Annual report on the Civil Veterinary Department, Burma (including the Insein Veterinary School) - 1923-1931
Year: 1923
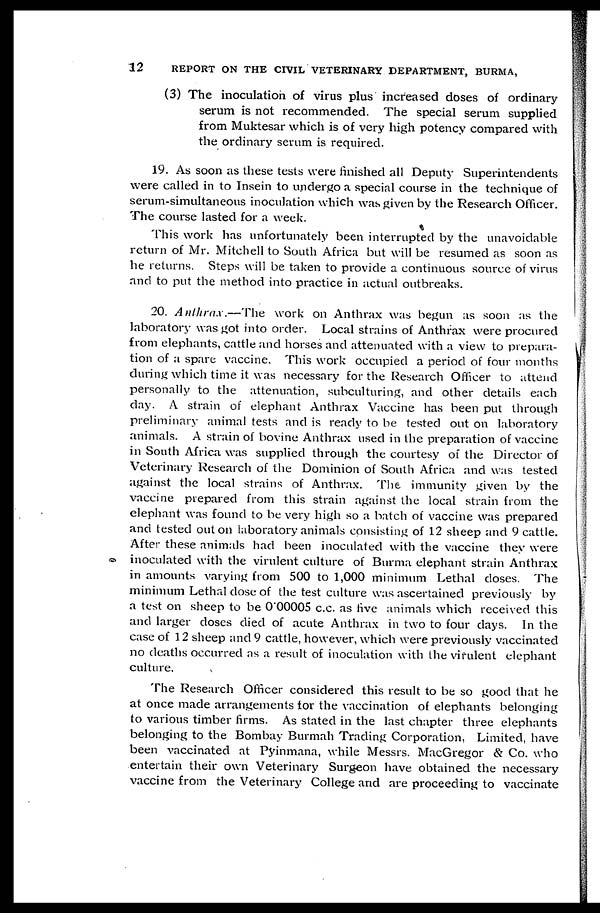
12
REPORT ON THE CIVIL VETERINARY DEPARTMENT, BURMA,
(3) The inoculation of virus plus increased doses of ordinary
serum is not recommended. The special serum supplied
from Muktesar which is of very high potency compared with
the ordinary serum is required.
19. As soon as these tests were finished all Deputy Superintendents
were called in to Insein to undergo a special course in the technique of
serum-simultaneous inoculation which was given by the Research Officer.
The course lasted for a week.
This work has unfortunately been interrupted by the unavoidable
return of Mr. Mitchell to South Africa but will be resumed as soon as
he returns. Steps will be taken to provide a continuous source of virus
and to put the method into practice in actual outbreaks.
20. Anthrax.—The
work on Anthrax was begun as soon as the
laboratory was got into order. Local strains of Anthrax were procured
from elephants, cattle and horses and attenuated with a view to prepara-
tion of a spare vaccine. This work occupied a period of four months
during which time it was necessary for the Research Officer to attend
personally to the attenuation, subculturing, and other details each
day. A strain of elephant Anthrax Vaccine has been put through
preliminary animal tests and is ready to be tested out on laboratory
animals. A strain of bovine Anthrax used in the preparation of vaccine
in South Africa was supplied through the courtesy of the Director of
Veterinary Research of the Dominion of South Africa and was tested
against the local strains of Anthrax. The immunity given by the
vaccine prepared from this strain against the local strain from the
elephant was found to be very high so a batch of vaccine was prepared
and tested out on laboratory animals consisting of 12 sheep and 9 cattle.
After these animals had been inoculated with the vaccine they were
inoculated with the virulent culture of Burma elephant strain Anthrax
in amounts varying from 500 to 1,000 minimum Lethal doses. The
minimum Lethal dose of the test culture was ascertained previously by
a test on sheep to be 000005 c.c. as five animals which received this
and larger doses died of acute Anthrax in two to four days. In the
case of 12 sheep and 9 cattle, however, which were previously vaccinated
no deaths occurred as a result of inoculation with the virulent elephant
culture.
The Research Officer considered this result to be so good that he
at once made arrangements for the vaccination of elephants belonging
to various timber firms. As stated in the last chapter three elephants
belonging to the Bombay Burmah Trading Corporation, Limited, have
been vaccinated at Pyinmana, while Messrs. MacGregor & Co. who
entertain their own Veterinary Surgeon have obtained the necessary
vaccine from the Veterinary College and are proceeding to vaccinate